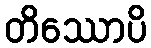
တိဿောပိ